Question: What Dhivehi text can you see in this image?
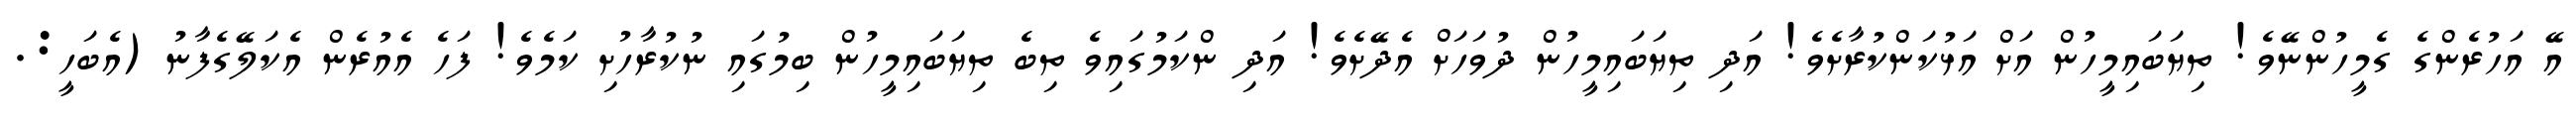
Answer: އޭ އަހުރެންގެ ގެމީހުންނޭވެ! ތިޔަބައިމީހުން އަށް އަޅުކަންކުރާށެވެ! އަދި ތިޔަބައިމީހުން ދުވަހަށް އެދޭށެވެ! އަދި ންކަމުގައިވެ ތިބެ ތިޔަބައިމީހުން ބިމުގައި ނުކުރާހުށި ކަމެވެ! ފަހެ އެއުރެން އެކަލޭގެފާނު (އެބަހީ:.